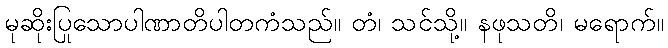
မုဆိုးပြုသောပါဏာတိပါတကံသည်။ တံ၊ သင်သို့။ နဖုသတိ၊ မရောက်။